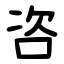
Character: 咨